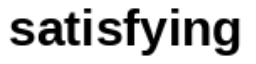
satisfying